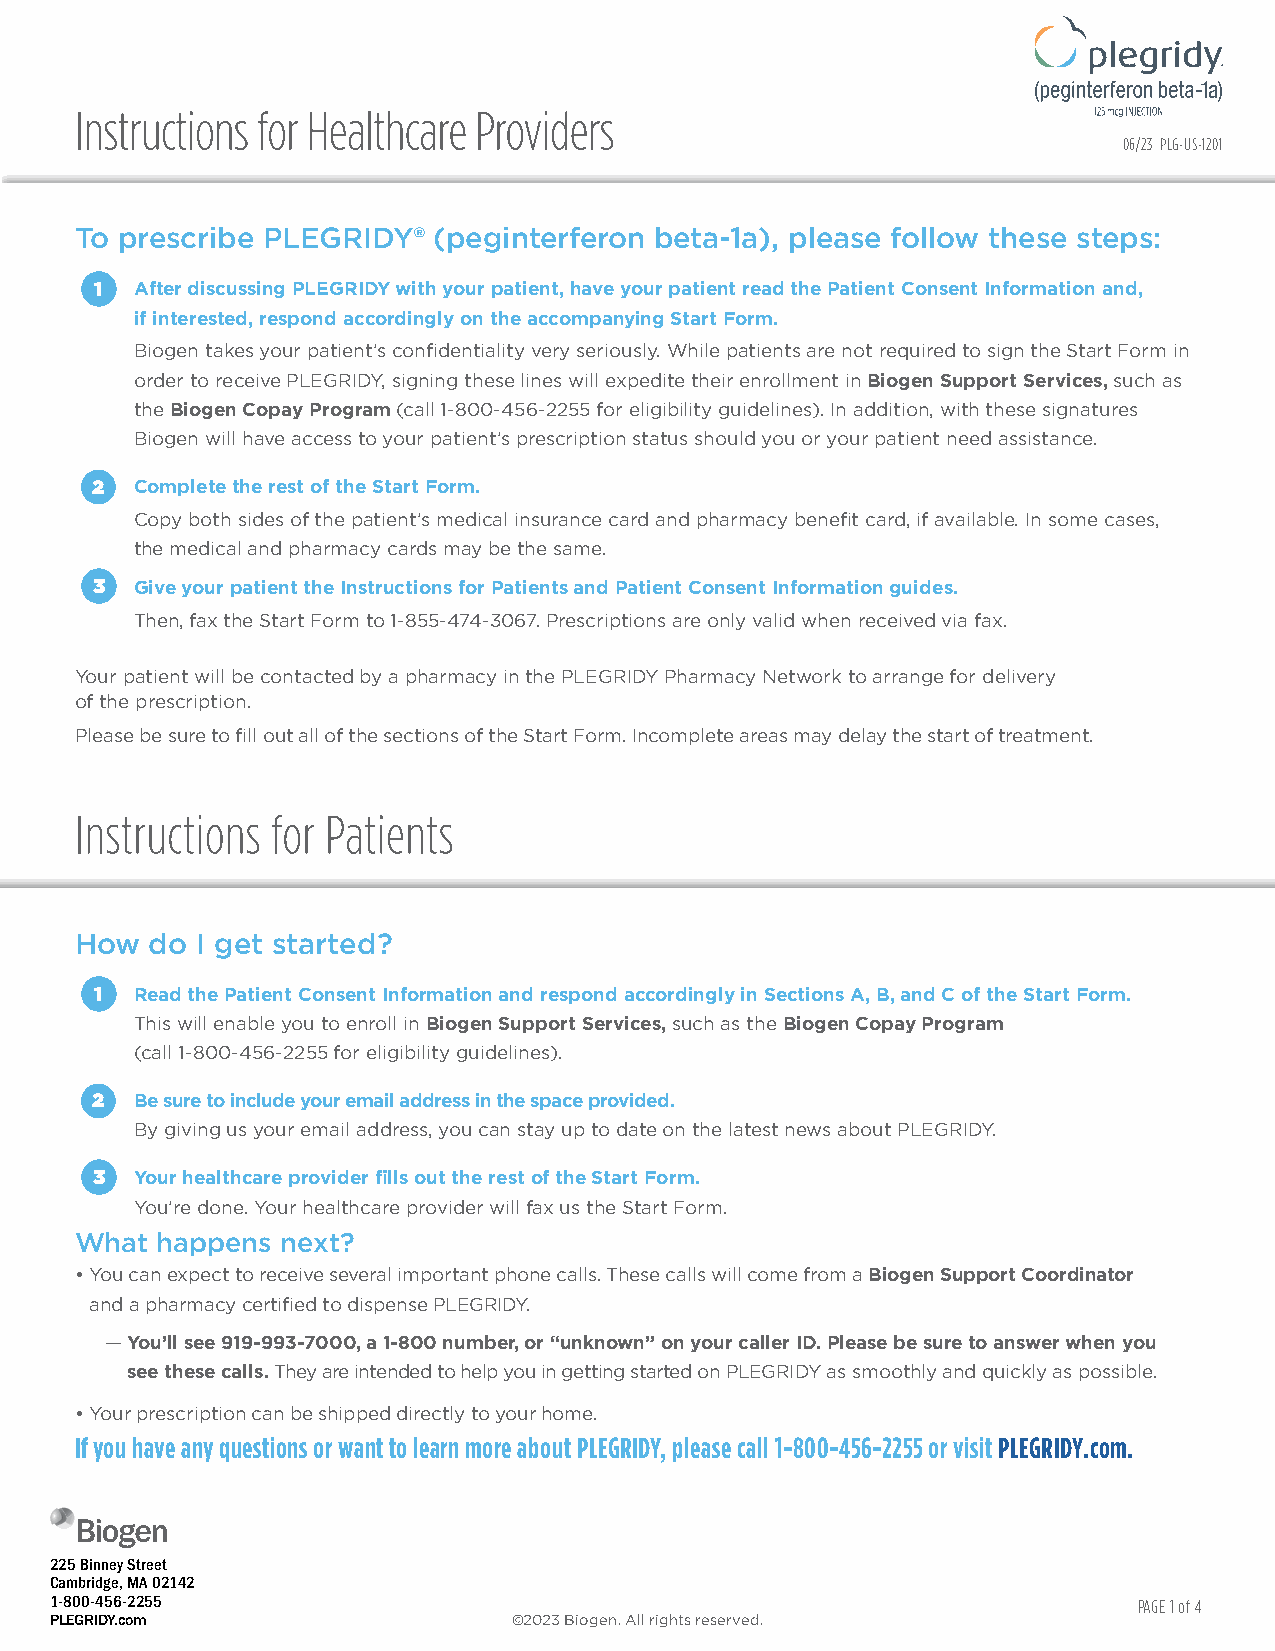
Instructions for Healthcare Providers
 06/23 PLG-US-1201
 To prescribe PLEGRIDY®  (peginterferon beta-1a), please follow these steps:
 1  After discussing PLEGRIDY with your patient, have your patient read the Patient Consent Information and,
 if interested, respond accordingly on the accompanying Start Form.
 Biogen takes your patient’s confidentiality very seriously. While patients are not required to sign the Start Form in
 order to receive PLEGRIDY, signing these lines will expedite their enrollment in Biogen Support Services, such as
 the Biogen Copay Program (call 1-800-456-2255 for eligibility guidelines). In addition, with these signatures
 Biogen will have access to your patient’s prescription status should you or your patient need assistance.
 2  Complete the rest of the Start Form.
 Copy both sides of the patient’s medical insurance card and pharmacy benefit card, if available. In some cases,
 the medical and pharmacy cards may be the same.
 3  Give your patient the Instructions for Patients and Patient Consent Information guides.
 Then, fax the Start Form to 1-855-474-3067. Prescriptions are only valid when received via fax.
 Your patient will be contacted by a pharmacy in the PLEGRIDY Pharmacy Network to arrange for delivery
 of the prescription.
 Please be sure to fill out all of the sections of the Start Form. Incomplete areas may delay the start of treatment.
 Instructions for Patients
 How  do I get started?
 1  Read the Patient Consent Information and respond accordingly in Sections A, B, and C of the Start Form.
 This will enable you to enroll in Biogen Support Services, such as the Biogen Copay Program
 (call 1-800-456-2255 for eligibility guidelines).
 2  Be sure to include your email address in the space provided.
 By giving us your email address, you can stay up to date on the latest news about PLEGRIDY.
 3  Your healthcare provider fills out the rest of the Start Form.
 You’re done. Your healthcare provider will fax us the Start Form.
 What happens  next?
 • Y ou can expect to receive several important phone calls. These calls will come from a Biogen Support Coordinator
 and a pharmacy certified to dispense PLEGRIDY.
 — Y ou’ll see 919-993-7000, a 1-800 number, or “unknown” on your caller ID. Please be sure to answer when you
 see these calls. They are intended to help you in getting started on PLEGRIDY as smoothly and quickly as possible.
 • Your prescription can be shipped directly to your home.
 If you have any questions or want to learn more about PLEGRIDY, please call 1-800-456-2255 or visit PLEGRIDY.com.
 225 Binney Street
 Cambridge, MA 02142
 1-800-456-2255                                                          PAGE 1 of 4
 PVULEMGERRIIDTYY..ccoomm       ©2023 Biogen. All rights reserved.